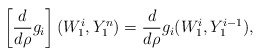
\begin{align*} \left[\frac{d}{d\rho} g_i\right](W_1^i, Y_1^{n}) = \frac{d}{d\rho} g_i(W_1^i, Y_1^{i-1}),\end{align*}